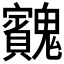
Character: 𩴱